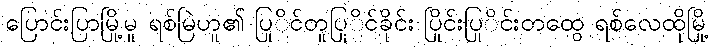
ပြောင်းပြာမြို့မူ ရစ်မြဲဟူ၏ ပြုိင်တူပြုိင်ခိုင်း ပြိုင်းပြုိင်းတထွေ ရစ်လေထိုမြို့